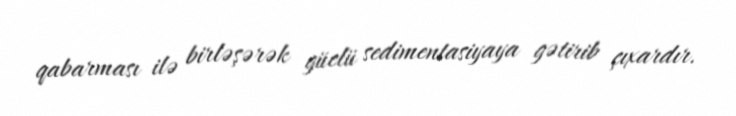
qabarması ilə birləşərək güclü sedimentasiyaya gətirib çıxardır.